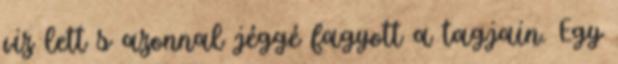
viz lett s azonnal jéggé fagyott a tagjain. Egy